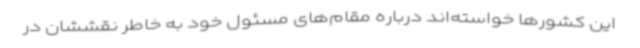
این کشورها خواسته‌اند درباره مقام‌های مسئول خود به خاطر نقششان در